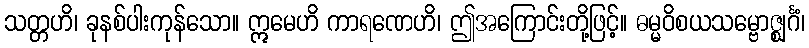
သတ္တဟိ၊ ခုနစ်ပါးကုန်သော။ ဣမေဟိ ကာရဏေဟိ၊ ဤအကြောင်းတို့ဖြင့်။ ဓမ္မဝိစယသမ္ဗောဇ္ဈင်္ဂံ၊